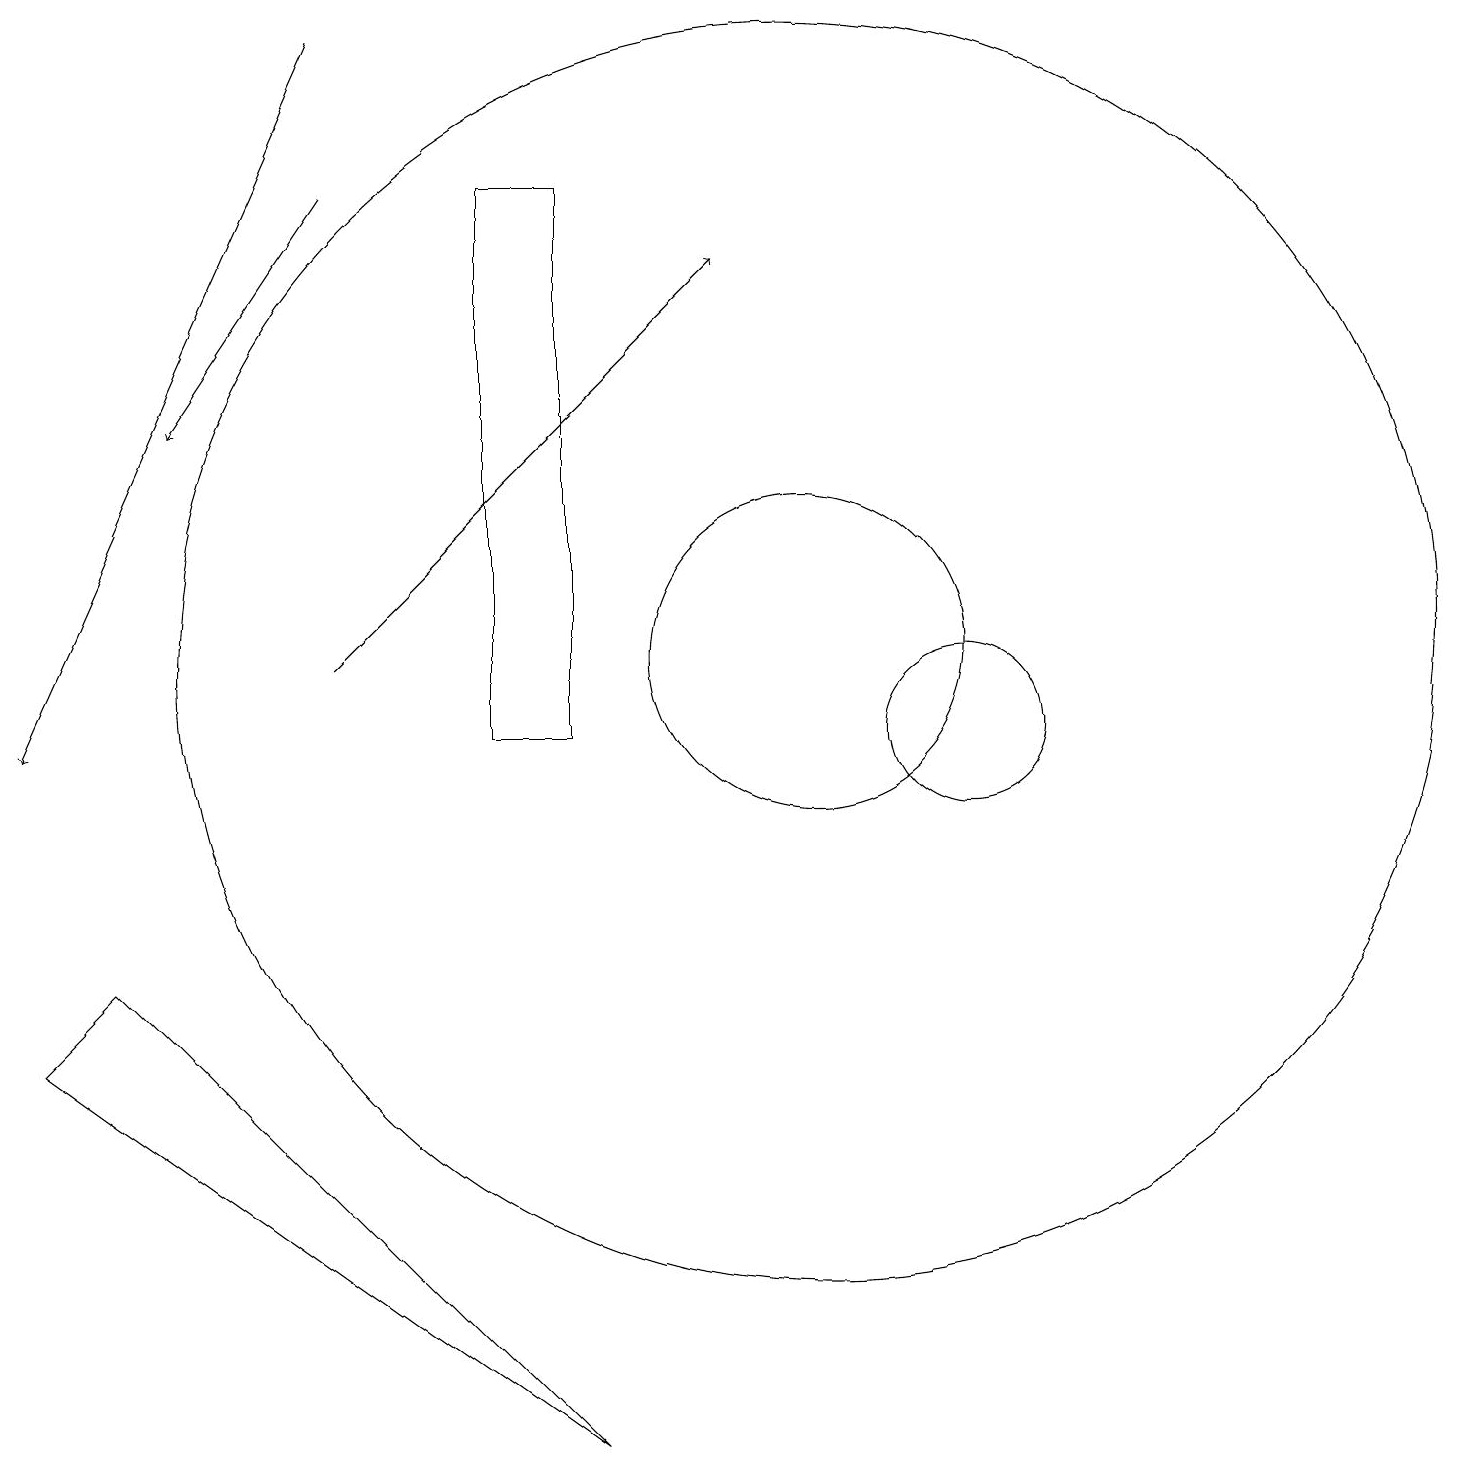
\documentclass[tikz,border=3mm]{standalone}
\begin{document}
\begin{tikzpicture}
\draw (12,10) circle (1);
\draw (6,10) rectangle (7,17);
\draw (10,11) circle (8);
\draw[->] (4,19) -- (0,10);
\draw[->] (4,11) -- (9,16);
\draw (0,6) -- (1,7) -- (7,1) -- cycle;
\draw[->] (4,17) -- (2,14);
\draw (10,11) circle (2);
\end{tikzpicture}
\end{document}